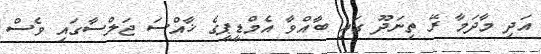
އަދި މާދަމާ ރޭ ތިނަދޫ ގައި ބާއްވާ އެމްޑީޕީގެ ޚާއްސަ ޖަލްސާގައި ވެސް